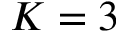
K = 3